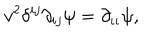
LaTeX: v ^ { 2 } \delta ^ { i j } \partial _ { i j } \psi = \partial _ { \iota \iota } \psi ,